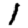
Digit: 1